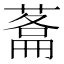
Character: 𮐬